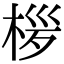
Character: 㭮